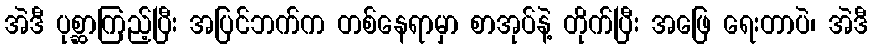
အဲဒီ ပုစ္ဆာကြည့်ပြီး အပြင်ဘက်က တစ်နေရာမှာ စာအုပ်နဲ့ တိုက်ပြီး အဖြေ ရေးတာပဲ၊ အဲဒီ